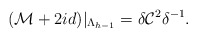
\begin{align*}({\cal M}+2id)|_{\Lambda_{h-1}} = \delta{\cal C}^2\delta^{-1}.\end{align*}